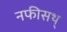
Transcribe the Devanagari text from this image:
नफीसथ्